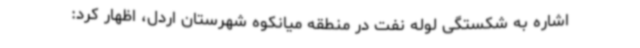
اشاره به شکستگی لوله نفت در منطقه میانکوه شهرستان اردل، اظهار کرد: